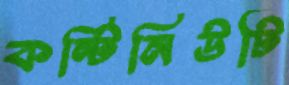
কন্টিনিউটি